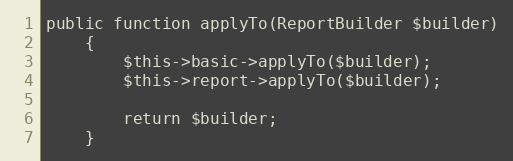
Language: PHP
public function applyTo(ReportBuilder $builder)
    {
        $this->basic->applyTo($builder);
        $this->report->applyTo($builder);

        return $builder;
    }